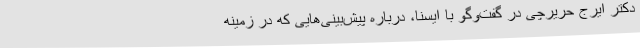
دکتر ایرج حریرچی در گفت‌وگو با ایسنا، درباره پیش‌بینی‌هایی که در زمینه